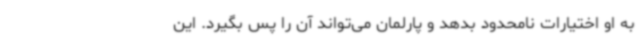
به او اختیارات نامحدود بدهد و پارلمان می‌تواند آن را پس بگیرد. این